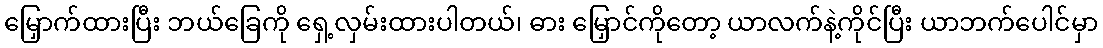
မြှောက်ထားပြီး ဘယ်ခြေကို ရှေ့လှမ်းထားပါတယ်၊ ဓား မြှောင်ကိုတော့ ယာလက်နဲ့ကိုင်ပြီး ယာဘက်ပေါင်မှာ